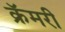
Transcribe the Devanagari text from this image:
क्रॅमरी